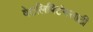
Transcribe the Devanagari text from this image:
वेटलिफ्टिंगसाठी